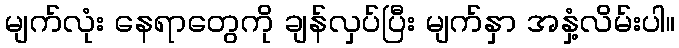
မျက်လုံး နေရာတွေကို ချန်လှပ်ပြီး မျက်နှာ အနှံ့လိမ်းပါ။